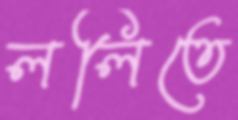
ললিতে